Report of the Bombay Plague Committee
Disease focus: Plague
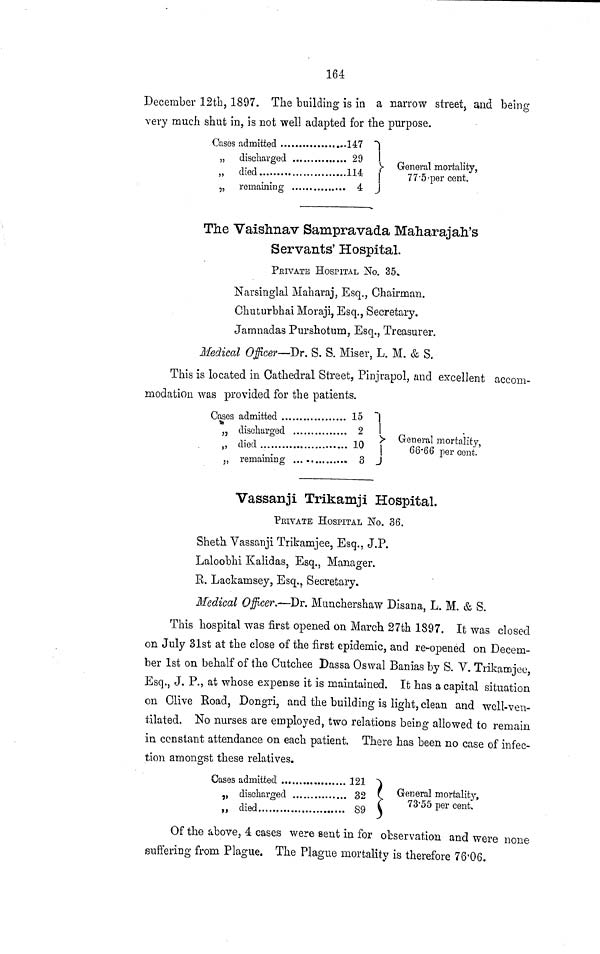
164
December 12th, 1897. The building is in a narrow street, and being
very much shut in, is not well adapted for the purpose.
Cases admitted
147
„
„
„
discharged
29
died
114
remaining
4
7 7·5 per cent.
The Vaishnav Sampravada Maharajah's
Servants' Hospital.
PRIVATE HOSPITAL No. 35.
Narsinglal Maharaj, Esq., Chairman.
Chuturbhai Moraji, Esq., Secretary.
Jamnadas Purshotum, Esq., Treasurer.
Medical Officer—Dr. S. S. Miser, L. M. & S.
This is located in Cathedral Street, Pinjrapol, and excellent accom-
modation was provided for the patients.
Cases admitted
„
„
discharged
died
remaining
,
15
2
10
3
,
General mortality,
66·66
percent.
Vassanji Trikamji Hospital.
PRIVATE HOSPITAL No, 36.
Sheth Vassanji Trikamjee, Esq., J.P.
Laloobhi Kalidas, Esq., Manager.
R. Lackamsey, Esq., Secretary.
Medical Officer.—Dr. Munchershaw Disana, L. M. & S.
This hospital was first opened on March 27th 1897. It was closed
on July 31st at the close of the first epidemic, and re-openëd on Decem-
ber 1st on behalf of the Cutchee Dassa Oswal Banias by S. V. Trikamjee,
Esq., J. P., at whose expense it is maintained. It has a capital situation
on Clive Road, Dongri, and the building is light, clean and well-ven-
tilated. No nurses are employed, two relations being allowed to remain
in constant attendance on each patient. There has been no case of infec-
tion amongst these relatives.
Cases admitted
121
„
„
discharged
32
died
89
General mortality,
73·55 percent
Of the above, 4 cases were sent in for observation and were none
suffering from Plague. The Plague mortality is therefore 76·06.